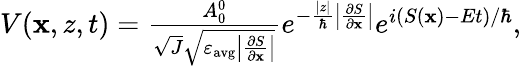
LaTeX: \begin{array}{r}{V(\mathbf{x},z,t)=\frac{A_{0}^{0}}{\sqrt{J}\sqrt{\varepsilon_{\mathrm{avg}}\left|\frac{\partial S}{\partial\mathbf{x}}\right|}}e^{-\frac{|z|}{\hbar}\left|\frac{\partial S}{\partial\mathbf{x}}\right|}e^{i(S(\mathbf{x})-Et)/\hbar},}\end{array}